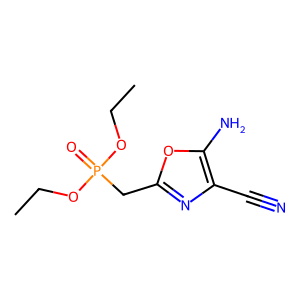
SMILES: CCOP(=O)(Cc1nc(C#N)c(N)o1)OCC
Inhibits HIV replication: No